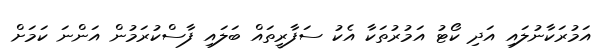
އަމުރަކާނުލައި އަދި ކޯޓު އަމުރުތަކާ އެކު ސަފާރީތައް ބަލައި ފާސްކުރަމުން އަންނަ ކަމަށް